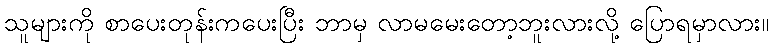
သူများကို စာပေးတုန်းကပေးပြီး ဘာမှ လာမမေးတော့ဘူးလားလို့ ပြောရမှာလား။